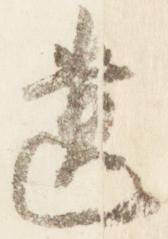
遺